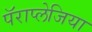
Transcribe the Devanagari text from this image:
पॅराप्लेजिया